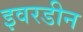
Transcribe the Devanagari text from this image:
इवरडीन